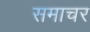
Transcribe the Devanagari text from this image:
समाचर